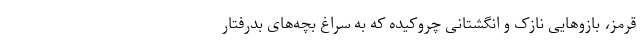
قرمز، بازو‌هایی نازک و انگشتانی چروکیده که به سراغ بچه‌های بدرفتار